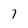
Character: 7